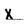
Character: k